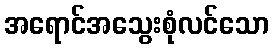
အရောင်အသွေးစုံလင်သော